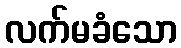
လက်မခံသော